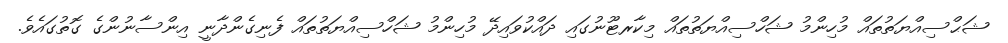
ޝަޙްސިއްޔަތުތައް މުހިންމު ޝަހްސިއްޔަތުތައް މިކާރޓޫނުގައި ދައްކުވައިދޭ މުހިންމު ޝަހްސިއްޔަތުތައް ފެނިގެންދާނީ އިންސާނުންގެ ގޮތުގައެވެ.